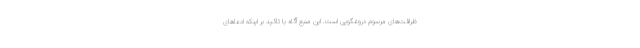
ظرافت‌های مرسوم دروغگویی است. این منبع آگاه با تاکید بر اینکه ادعاهای